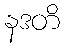
နဒတိ